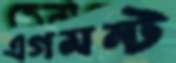
এগমন্ট